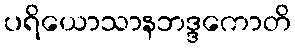
ပရိယောသာနဘဒ္ဒကောတိ